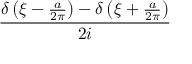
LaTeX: \frac { \delta \left( \xi - { \frac { a } { 2 \pi } } \right) - \delta \left( \xi + { \frac { a } { 2 \pi } } \right) } { 2 i }